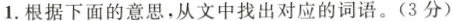
1. 根据下面的意思，从文中找出对应的词语。(3分)